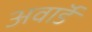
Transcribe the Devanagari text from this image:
अवाॅर्ड